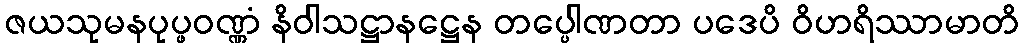
ဇယသုမနပုပ္ဖဝဏ္ဏံ နိဝါသဋ္ဌာနဋ္ဌေန တပ္ပေါဏတာ ပဒေပိ ဝိဟရိဿာမာတိ